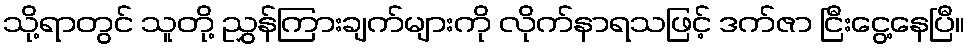
သို့ရာတွင် သူတို့ ညွှန်ကြားချက်များကို လိုက်နာရသဖြင့် ဒက်ဇာ ငြီးငွေ့နေပြီ။